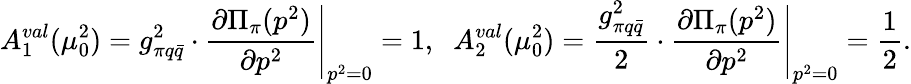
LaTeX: A_{1}^{val}(\mu_{0}^{2})=g_{\pi q\bar{q}}^{2}\cdot\left.\frac{\partial{\Pi}_{\pi}(p^{2})}{\partial p^{2}}\right|_{p^{2}=0}=1,\; \; A_{2}^{val}(\mu_{0}^{2})=\frac{g_{\pi q\bar{q}}^{2}}{2}\cdot\left.\frac{\partial{\Pi}_{\pi}(p^{2})}{\partial p^{2}}\right|_{p^{2}=0}=\frac{1}{2}.